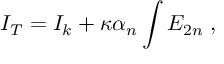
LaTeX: I _ { T } = I _ { k } + \kappa \alpha _ { n } \int { \cal E } _ { 2 n } \; ,